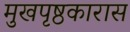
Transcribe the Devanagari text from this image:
मुखपृष्ठकारास